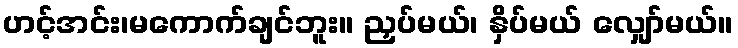
ဟင့်အင်း၊မကောက်ချင်ဘူး။ ညှပ်မယ်၊ နှိပ်မယ် လျှော်မယ်။